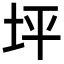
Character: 坪